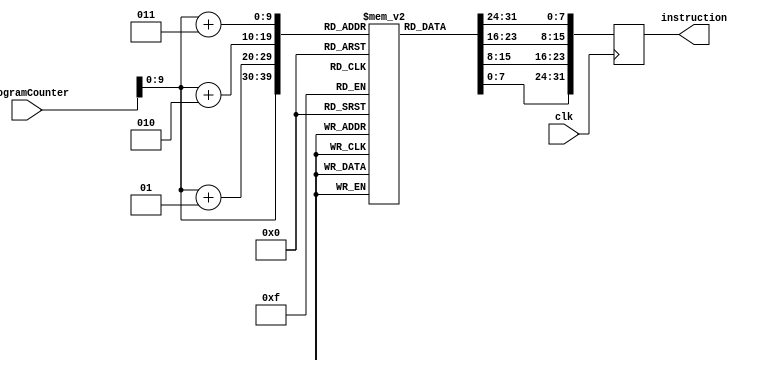

module InstructionMemory32(instruction, ProgramCounter, clk);
	input[31:0] ProgramCounter;
	input clk;
	output[31:0] instruction;
	reg [7:0] memory [0:1023];
	reg [31:0] instruction;
	integer addr;
	
  
	always @(posedge clk) 
	begin
		addr = ProgramCounter[31:0];
		instruction[7:0] = memory[addr];
		instruction[15:8] = memory[addr+1];
		instruction[23:16] = memory[addr+2];
		instruction[31:24] = memory[addr+3];
	end
	
endmodule